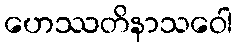
ဟေဿတိနာသဝေါ